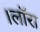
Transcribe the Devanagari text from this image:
।लाॅरा